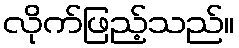
လိုက်ဖြည့်သည်။